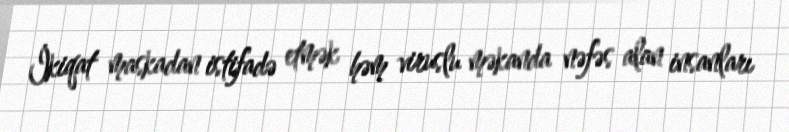
İkiqat maskadan istifadə etmək həm viruslu məkanda nəfəs alan insanları